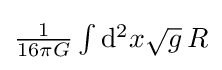
\textstyle {1 \over 16\pi G}\int \mathrm {d} ^{2}x{\sqrt {g}}\,R